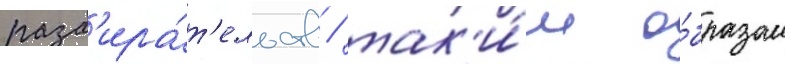
разб'ира́т'ельств / так'и́м о́бразом